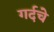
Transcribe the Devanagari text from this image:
गर्दचे